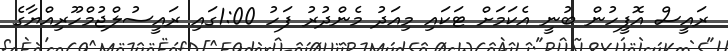
ރައީސް އޮފީހުން ބުނީ އެކަމަށް ޓަކައި މިއަދު މެންދުރު ފަހު 1:00ގައި ރައީސުލްޖުމްހޫރިއްޔާގެ